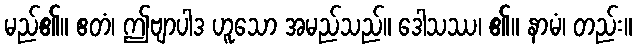
မည်၏။ ဧတံ၊ ဤဗျာပါဒ ဟူသော အမည်သည်။ ဒေါသဿ၊ ၏။ နာမံ၊ တည်း။